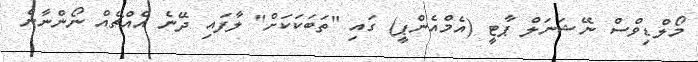
މޯލްޑިވްސް ނޭޝަނަލް ޕާޓީ (އެމްއެންޕީ) ގައި "ތަބަކަކަށް" ލާފައި ދޭނެ އެއްޗެއް ނޯންނާނެ